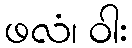
ဖလံ၊ ဝါး